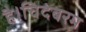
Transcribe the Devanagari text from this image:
है।चिदंबरम